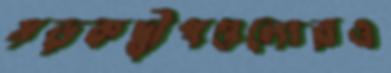
সড়কদ্বীপগুলোরও